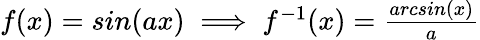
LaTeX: \begin{array}{r}{f(x)=sin(ax)\implies f^{-1}(x)=\frac{arcsin(x)}{a}}\end{array}